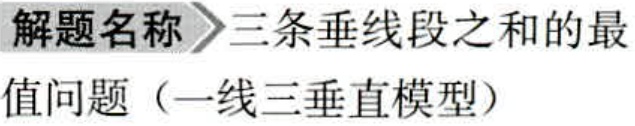
\解题名称 三条垂线段之和的最值问题（一线三垂直模型）